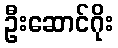
ဦးဆောင်ဂိုး